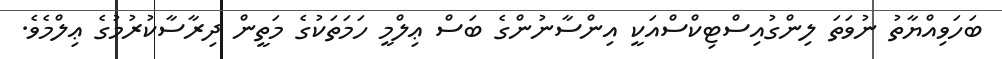
ބަހަވިއްޔާތު ނުވަތަ ލިންގުއިސްޓިކްސްއަކީ އިންސާނުންގެ ބަސް ޢިލްމީ ހަމަތަކުގެ މަތީން ދިރާސާކުރުމުގެ ޢިލްމެވެ.